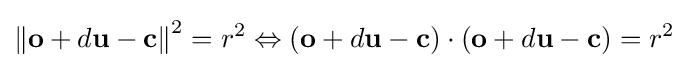
\left\Vert \mathbf {o} +d\mathbf {u} -\mathbf {c} \right\Vert ^{2}=r^{2}\Leftrightarrow (\mathbf {o} +d\mathbf {u} -\mathbf {c} )\cdot (\mathbf {o} +d\mathbf {u} -\mathbf {c} )=r^{2}